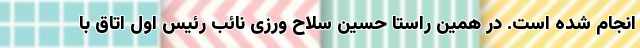
انجام شده است. در همین راستا حسین سلاح ورزی نائب رئیس اول اتاق با